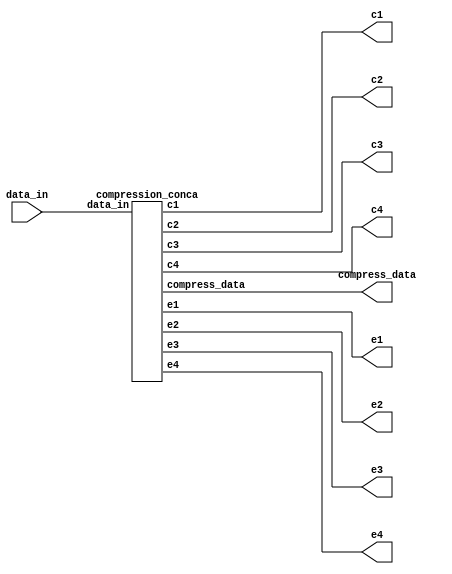
module data_compression (data_in, c1, c2, c3, c4, e1, e2, e3, e4, compress_data);
  input [23:0] data_in;
  
  output [5:0] c1, c2, c3, c4;
  output [1:0] e1, e2, e3, e4;
  
  output [11:0] compress_data;
  
  compression_conca data_compression_concatenation(data_in, c1, c2, c3, c4, e1, e2, e3, e4, compress_data);
 
endmodule

module compression_conca (data_in, c1, c2, c3, c4, e1, e2, e3 ,e4, compress_data);

  input[23:0] data_in;
  output [5:0] c1, c2, c3, c4;
  
  output [1:0] e1, e2, e3 ,e4;
  output [11:0] compress_data;
  
  assign c1 = data_in[5:0];
  assign c2 = data_in[11:6];
  assign c3 = data_in[17:12];
  assign c4 = data_in[23:18];
  
  assign e1 = 2'b00;
  assign e2 = 2'b01;
  assign e3 = 2'b10;
  assign e4 = 2'b11;
  
  assign compress_data = {4'b0,e4,e3,e2,e1};
  
endmodule